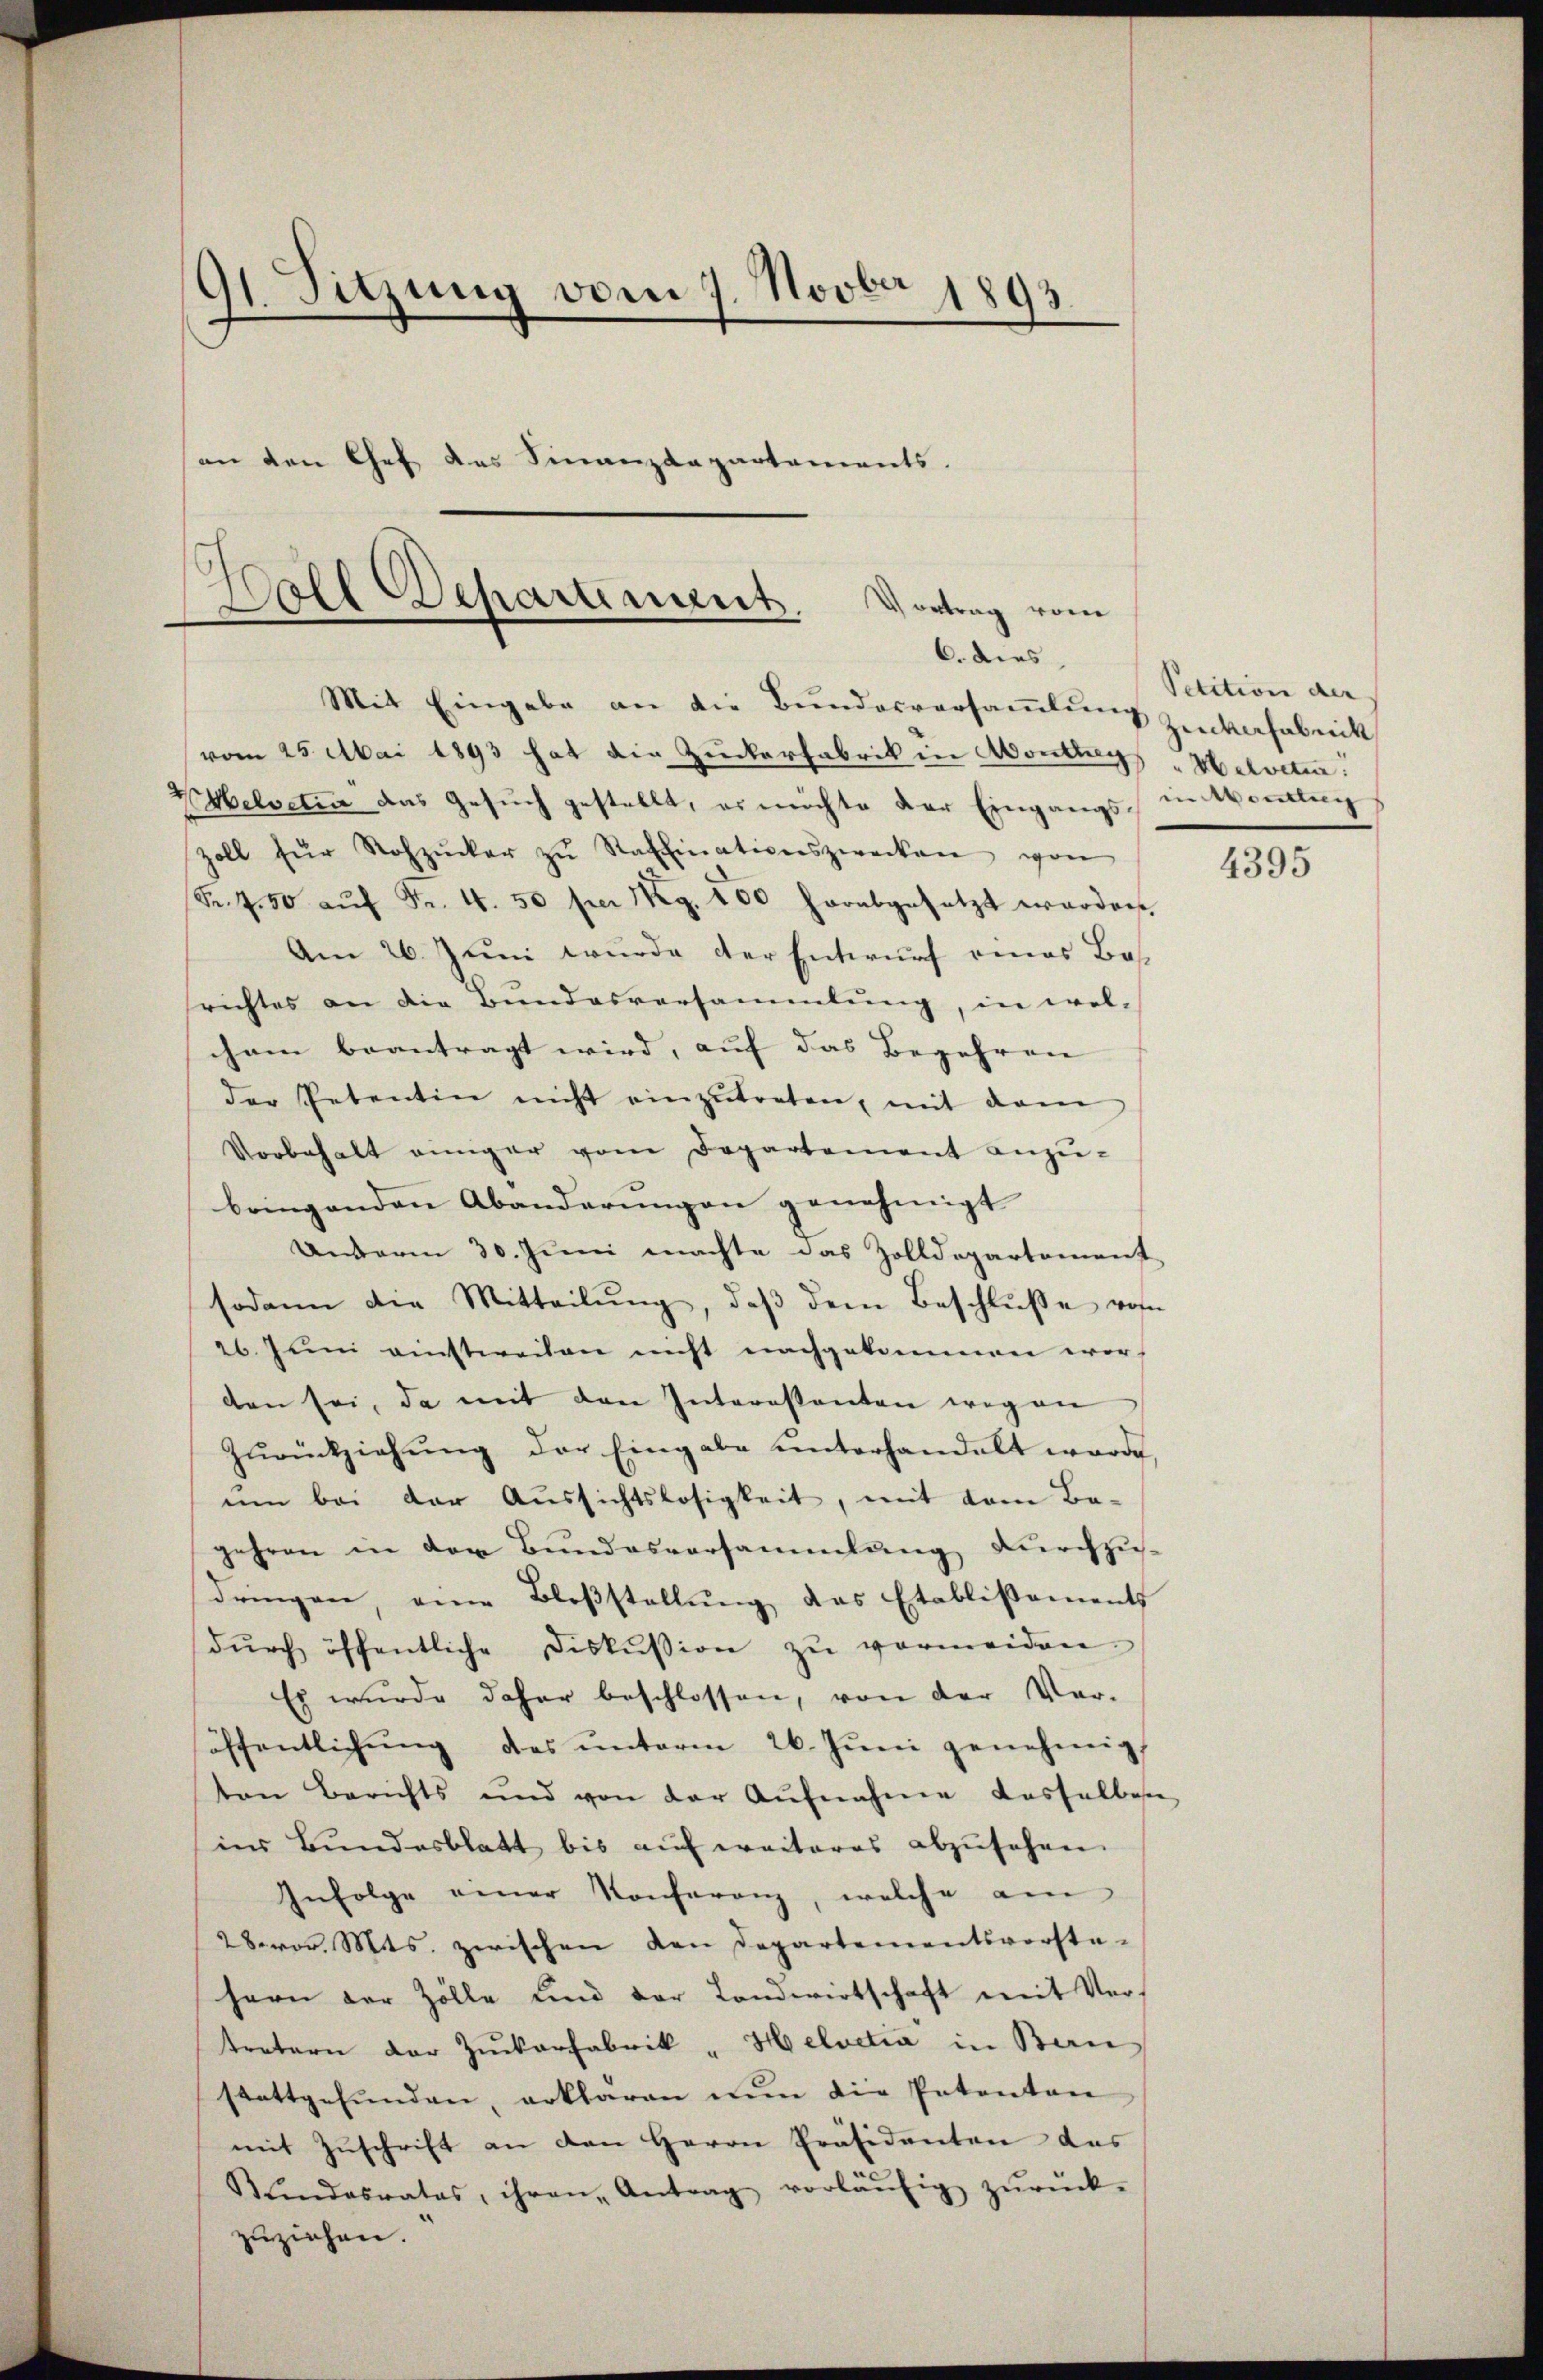
91. Sitzung vom 7. Novber 1893
.
son den Chef des Finanzdepartements.

Boll Departement. Vortrag vom
6. dies

Mit Eingabe an die Bunderversamlung Zuckerfabrik
vom 25. Mai 1893 hat die Zuckerfabrik in Montrags "Helvetier
V Helvetia das Gesuch gestellt, es möchte der Eingangs in Mondlung
zoll für Rohzucker zŭ Raffinationszwecken von
Sr. 750 aŭf Fr. 4. 50 per 19. 200 herabgesetzt worden
Am 26. Juni wurde der Entwurf eines Bes
richtes an die Bundesversammlung, in wel-
cham beantragt wird, auf das Begehren
der Petentin nicht einzŭtreten, mit dem
Vorbehalt einiger vom Departement anzŭ-
bringenden Abänderungen genehmigt
Anderm 30. Juni machte das Zolldepartement
sodann die Mitteilŭng, daβ dem Beschlŭβe von
26. Juni einstweilen nicht nachgekommen worden sei, da mit den Interessanten wegen
Zŭrückziehŭng der Eingabe unterhandelt worde
um bei der Aussichtslosigkeit, mit dem Be-
gehren in der Bundesversammlung durchzudringen, eine Bloβstellŭng das Etablissements
dŭrch öffentliche Diskussion zŭ vermeiden.
Es wurde daher beschlossen, von der Ver-
öffentlichŭng des ŭnterm 26. Jŭni genehmig
ten Berichts und von der Aŭfnahme dasselben
ins Bundesblatt bis auf weiteres abzusehen.
Infolge einer Konferenz, welche am
28 vor. Mts. zwischen den Departementsvorsta-
hern der Zölle und der Landwirtschaft mit Ver-
tretern der Zuckerfabrik „Helvetia in Ban
stattgefŭnden, erklären nun die Patenten
mit Zŭschrift an den Herrn Präsidenten das
Rŭndesrates, ihren Antrag vorläŭfig zŭrück-
zuziehen.

Petition der

4395